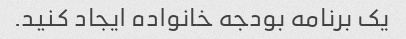
یک برنامه بودجه خانواده ایجاد کنید.